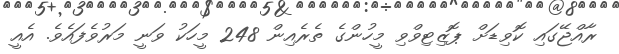
ރާއްޖޭގައި ކޮވިޑަށް ޕޮޒިޓިވްވި މީހުންގެ ތެރެއިން 248 މީހަކު ވަނީ މަރުވެފައެވެ. އެއީ